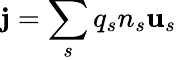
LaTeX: \mathbf{j}=\sum_{s}q_{s}n_{s}\mathbf{u}_{s}